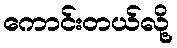
ကောင်းတယ်လို့